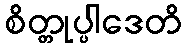
စိတ္တုပ္ပါဒေတိ